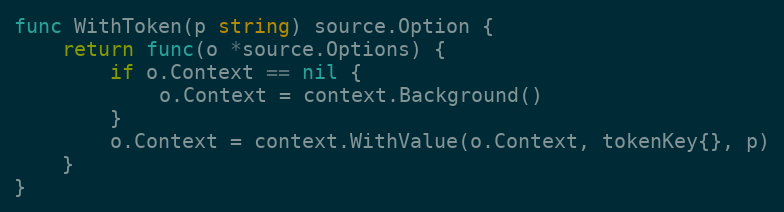
Language: Go
func WithToken(p string) source.Option {
	return func(o *source.Options) {
		if o.Context == nil {
			o.Context = context.Background()
		}
		o.Context = context.WithValue(o.Context, tokenKey{}, p)
	}
}